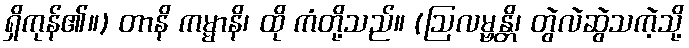
ရှိကုန်၏။) တာနိ ကမ္မာနိ၊ ထို ကံတို့သည်။ (ဩလမ္ဗန္တိ၊ တွဲလဲဆွဲသကဲ့သို့